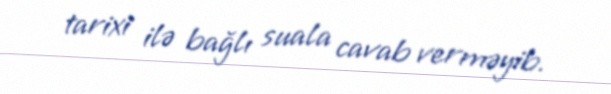
tarixi ilə bağlı suala cavab verməyib.